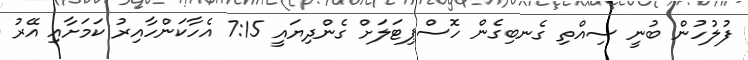
ފުލުހުން ބުނީ ސިއްތި ގެނބިގެން ހޮސްޕިޓަލަށް ގެންދިޔައީ 7:15 އެހާކަންހާއިރު ކަމަށާއި އޭރު